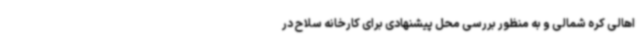
اهالی کره شمالی و به منظور بررسی محل پیشنهادی برای کارخانه سلاح در